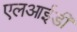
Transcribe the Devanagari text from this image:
एलआईडी